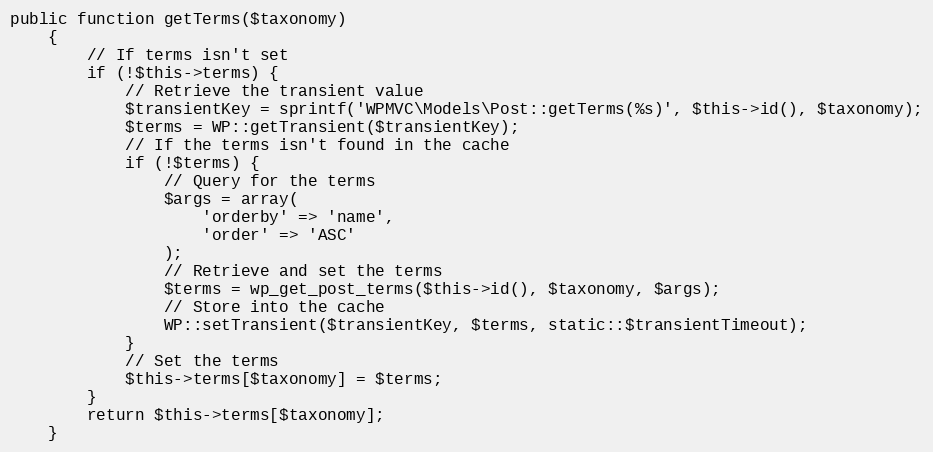
Language: PHP
public function getTerms($taxonomy)
    {
        // If terms isn't set
        if (!$this->terms) {
            // Retrieve the transient value
            $transientKey = sprintf('WPMVC\Models\Post::getTerms(%s)', $this->id(), $taxonomy);
            $terms = WP::getTransient($transientKey);
            // If the terms isn't found in the cache
            if (!$terms) {
                // Query for the terms
                $args = array(
                    'orderby' => 'name',
                    'order' => 'ASC'
                );
                // Retrieve and set the terms
                $terms = wp_get_post_terms($this->id(), $taxonomy, $args);
                // Store into the cache
                WP::setTransient($transientKey, $terms, static::$transientTimeout);
            }
            // Set the terms
            $this->terms[$taxonomy] = $terms;
        }
        return $this->terms[$taxonomy];
    }